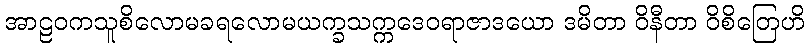
အာဠဝကသူစိလောမခရလောမယက္ခသက္ကဒေဝရာဇာဒယော ဒမိတာ ဝိနီတာ ဝိစိတြေဟိ